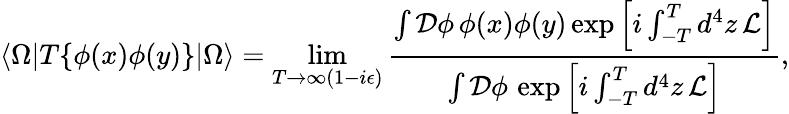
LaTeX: \langle\Omega|T\{ \phi(x)\phi(y)\} |\Omega\rangle=\operatorname*{lim}_{T\to\infty(1-i\epsilon)}{\frac{\int{\mathcal{D}}\phi\, \phi(x)\phi(y)\exp\left[i\int_{-T}^{T}d^{4}z\, {\mathcal{L}}\right]}{\int{\mathcal{D}}\phi\, \exp\left[i\int_{-T}^{T}d^{4}z\, {\mathcal{L}}\right]}},